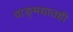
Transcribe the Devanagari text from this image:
वाङ्‌मयातही